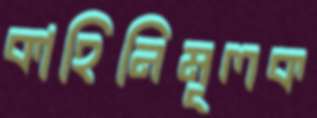
কাহিনিমূলক